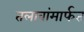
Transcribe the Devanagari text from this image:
तलावांमार्फत